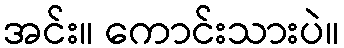
အင်း။ ကောင်းသားပဲ။